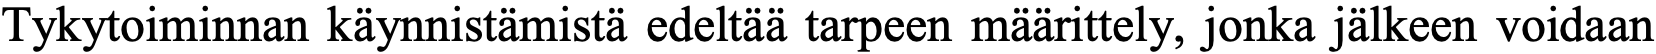
Tykytoiminnan käynnistämistä edeltää tarpeen määrittely, jonka jälkeen voidaan